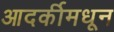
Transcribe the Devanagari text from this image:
आदर्कीमधून